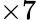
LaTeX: \times 7